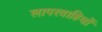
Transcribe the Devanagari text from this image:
लापरवाहियों